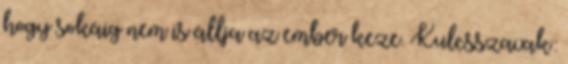
hogy sokáig nem is állja az ember keze. Kulcsszavak: